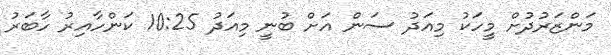
މަންޒަރުދުށް މީހަކު މިއަދު ސަން އަށް ބުނީ މިއަދު 10:25 ކަންހާއިރު ހާބަރު